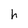
Character: h